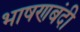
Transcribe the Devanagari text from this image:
भाषणबंदी